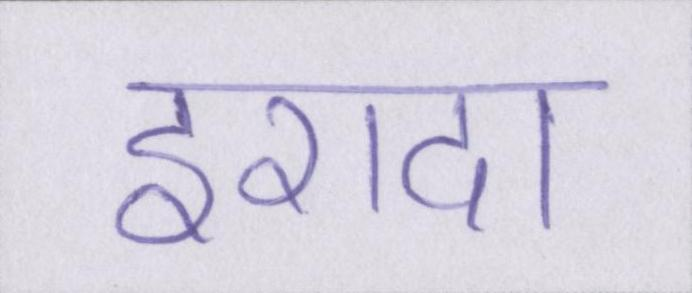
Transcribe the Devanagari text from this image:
इरादा